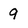
Character: 9